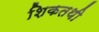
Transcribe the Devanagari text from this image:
शिकतथी